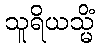
သူရိယသ္မိံ